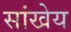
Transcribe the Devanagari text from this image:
सांखेय